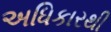
અધિકારથી